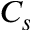
C _ { s }